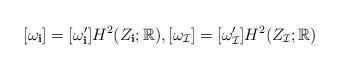
LaTeX: \begin{align*}[\omega_{\mathbf i}] = [\omega_{\mathbf i}'] H^2(Z_{\bf i}; \mathbb{R}), [\omega_{\mathcal I}] = [\omega_{\mathcal I}'] H^2(Z_{\mathcal I}; \mathbb{R})\end{align*}